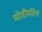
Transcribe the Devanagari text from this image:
मोतीमहिल